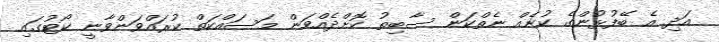
އަދި އެ ބޭފުޅުންގެ ކުށެއް ނެތްކަން ސާބިތު ކޮށްދެއްވަން މަސައްކަތް ކުރައްވަންވާނީ ކޯޓުގައި